Mental hospitals Bombay report 1929-33 - 1929-1933
Year: 1929
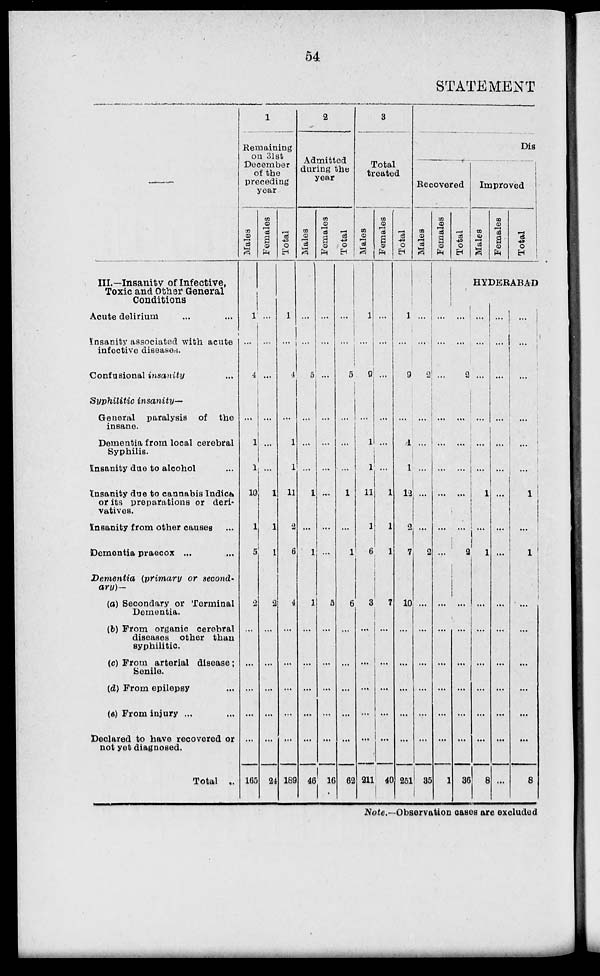
54
STATEMENT
—
III.—Insanity of Infective,Toxic and Other General
Conditions
Acute delirium ... ...
Insanity associated with acute
infective diseases.
Confusional insanity ...
Syphilitic insanity—
General paralysis of the
insane.
Dementia from local cerebral
Syphilis.
Insanity due to alcohol ...
Insanity due to cannabis Indica
or its preparations or deri-
vatives.
Insanity from other causes ...
Dementia praecox ... ...
Dementia
(primary or second-
ary)—
(a) Secondary or Terminal
Dementia.
(b) Prom organic cerebral
diseases other than
syphilitic.
(c) From arterial disease;
Senile.
(d) From epilepsy ...
(d) From injury ... ...
Declared to have recovered or
not yet diagnosed.
Total ...
1
Remaining
on 31st
December
of the
preceding
year
Males
1
...
4
...
1
1
10
1
5
...
2
...
...
...
...
...
165
Females
...
...
...
...
...
...
1
1
1
...
2
...
...
...
...
...
24
Total
1
...
4
...
1
1
11
2
6
...
4
...
...
...
...
...
189
2
Admitted
during the
year
Males
...
...
5
1
...
1
...
1
...
...
...
...
...
46
Fe ma l
e s
...
...
...
...
...
....
...
...
...
...
5
...
...
...
...
...
16
Total
...
...
5
...
1
...
1
...
6
...
...
...
...
...
62
3
Total
treated
Males
1
...
9
1
1
11
1
6
...
3
...
...
...
...
...
211
Females
...
...
...
...
1
1
1
...
7
...
...
...
...
...
40
Total
1
...
9
...
1
1
13
2
7
...
10
...
...
...
...
...
251
Dis
Recovered
Males
2
...
...
...
...
2
...
...
...
...
...
...
...
35
Females
...
...
...
...
...
...
...
...
...
...
...
...
...
...
...
1
Total
Improved
Males
Females
Total
HYDERABAD
...
2
...
...
...
2
...
...
...
...
...
...
...
36
...
...
...
...
...
1
...
1
...
...
...
...
...
...
...
8
...
...
...
...
...
...
...
...
...
...
...
...
...
...
...
...
!
...
...
...
1
...
1
...
...
...
...
...
...
...
8
Note.—Observation cases are excluded